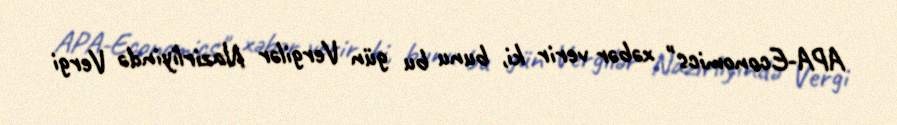
APA-Economics" xəbər verir ki, bunu bu gün Vergilər Nazirliyində Vergi